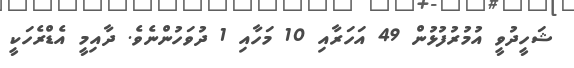
ޝަހީދުވީ އުމުރުފުޅުން 49 އަހަރާއި 10 މަހާއި 1 ދުވަހުންނެވެ. ދާއިމީ އެޑްރެހަކީ